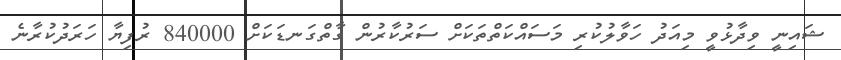
ޝައިނީ ވިދާޅުވީ މިއަދު ހަވާލުކުރި މަސައްކަތްތަކަށް ސަރުކާރުން ގާތްގަނޑަކަށް 840000 ރުފިޔާ ހަރަދުކުރާނެ